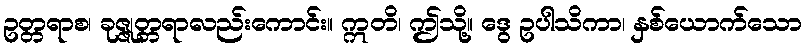
ဥတ္တရာစ၊ ခုဇ္ဇုတ္တရာလည်းကောင်း။ ဣတိ၊ ဤသို့။ ဒွေ ဥပါသိကာ၊ နှစ်ယောက်သော